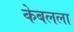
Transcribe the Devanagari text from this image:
केबलला